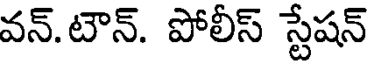
వన్.టౌన్. పోలీస్ స్టేషన్